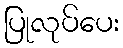
ပြုလုပ်ပေး